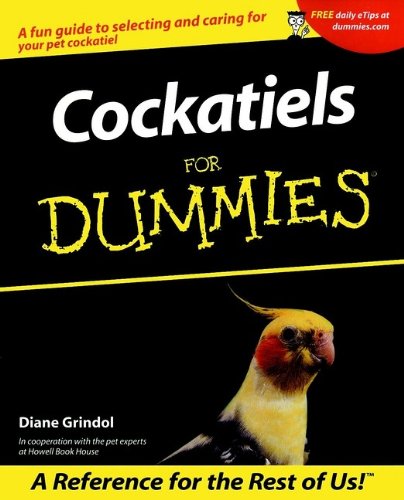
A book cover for Cockatiels For Dummies; Diane Grindol; Crafts, Hobbies & Home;